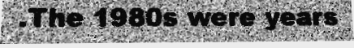
.The 1980s were years